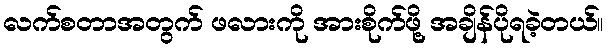
လက်စတာအတွက် ဖလားကို အားစိုက်ဖို့ အချိန်ပိုရခဲ့တယ်။